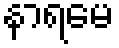
နာရမေ